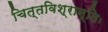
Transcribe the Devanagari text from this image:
चित्तविश्रान्तिः